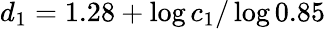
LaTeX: d_{1}=1.28+\log c_{1}/\log 0.85